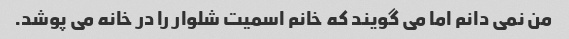
من نمی دانم اما می گویند که خانم اسمیت شلوار را در خانه می پوشد.